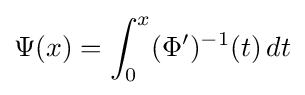
\Psi (x)=\int _{0}^{x}(\Phi ')^{-1}(t)\,dt